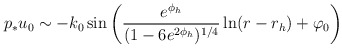
\begin{align*}p_*u_0 \sim -k_0\, {\rm sin}\left(\frac{e^{\phi_h}}{(1-6e^{2\phi_h})^{1/4}}\ln(r-r_h) + \varphi_0\right)\end{align*}